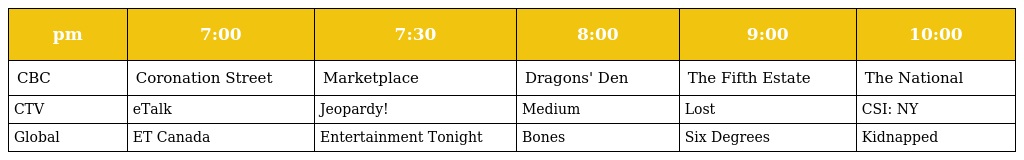
| pm | 7:00 | 7:30 | 8:00 | 9:00 | 10:00 |
 | --- | --- | --- | --- | --- | --- |
 | CBC | Coronation Street | Marketplace | Dragons' Den | The Fifth Estate | The National |
 | CTV | eTalk | Jeopardy! | Medium | Lost | CSI: NY |
 | Global | ET Canada | Entertainment Tonight | Bones | Six Degrees | Kidnapped |